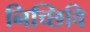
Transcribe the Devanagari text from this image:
निच्छिवि